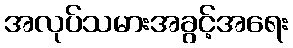
အလုပ်သမားအခွင့်အရေး